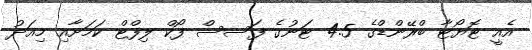
އެއީ ޓޮޔޯޓާ ބްރޭންޑްގެ 4.5 ޓަނުގެ ފަސސް ފޯކް ލިފްޓް ކަމަށާއި މިއަދު